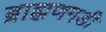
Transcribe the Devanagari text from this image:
ब्राह्मणगडी